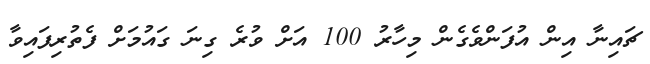
ޗައިނާ އިން އުފަންވެގެން މިހާރު 100 އަށް ވުރެ ގިނަ ގައުމަށް ފެތުރިފައިވާ